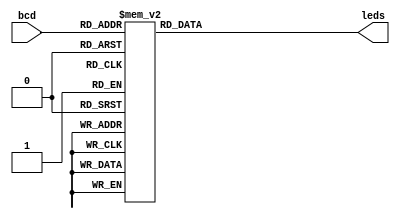
/* pg 329 - seven segment BCD decoder.  MODIFIED to get rid of default x */

module bm_DL_BCD_7_segment_without_x (bcd, leds);
	input [3:0] bcd;
	output [7:1] leds;
	reg [7:1] leds;
	
	always @(bcd)
		case (bcd)       //abcdefg
			0: leds = 7'b1111110;
	   		1: leds = 7'b0110000;
			2: leds = 7'b1101101;
			3: leds = 7'b1111001;
			4: leds = 7'b0110011;
			5: leds = 7'b1011011;
			6: leds = 7'b1011111;
			7: leds = 7'b1110000;
			8: leds = 7'b1111111;
			9: leds = 7'b1111011;
			default: leds = 7'b1111111;
		endcase
		
endmodule